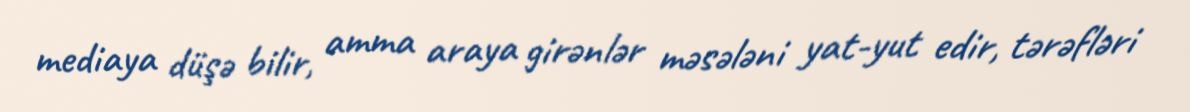
mediaya düşə bilir, amma araya girənlər məsələni yat-yut edir, tərəfləri